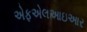
એફએલઆઇઆર